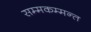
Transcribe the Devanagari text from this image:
सम्मकम्मन्त